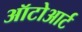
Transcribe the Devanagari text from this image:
ऑटोआर्ट